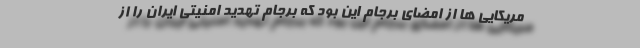
مریکایی ها از امضای برجام این بود که برجام تهدید امنیتی ایران را از